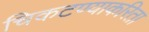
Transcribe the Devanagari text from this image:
चिकटण्याकरिता